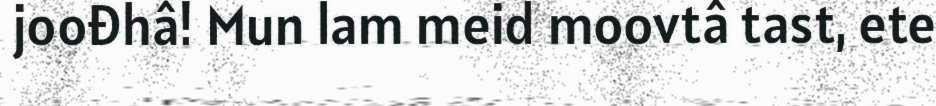
joođhâ! Mun lam meid moovtâ tast, ete